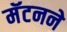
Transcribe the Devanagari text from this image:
मॅटनने